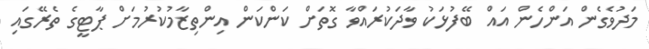
މަދުވެގެން އަންހެން އައް ބޭފުޅަކު ވާދަކުރައްވާ ގޮތަށް ކަންކަން އިންތިޒާމުކުރުމަށް ޕާޓީގެ ތެރޭގައި